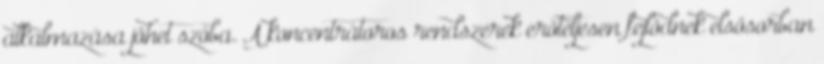
alkalmazása jöhet szóba. A koncentrátoros rendszerek erőteljesen fejlődnek elsősorban